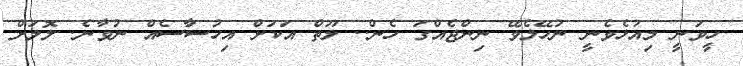
ހީވަނީ މިއުޅެވެނީ ނުހޭލެވޭ ނިންޖެއްގަ ހެން.. ލޫތް އަކަށް އިހުސާސެއް ނުވާނެ. ލޮލަށް